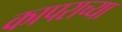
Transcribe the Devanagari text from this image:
कापराच्या